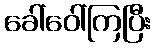
ခေါ်ဝေါ်ကြပြီး